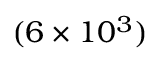
( 6 \times 1 0 ^ { 3 } )